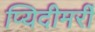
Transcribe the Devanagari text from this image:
प्यिदीमर्री